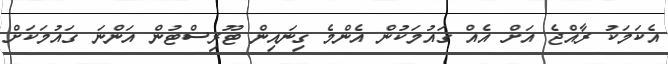
އެކަމަކު ރާއްޖެ އަށް އެއް ގައުމަކުން އެންމެ ގިނައިން ޓޫރިސްޓުން އަންނަ ގައުމަކަށް